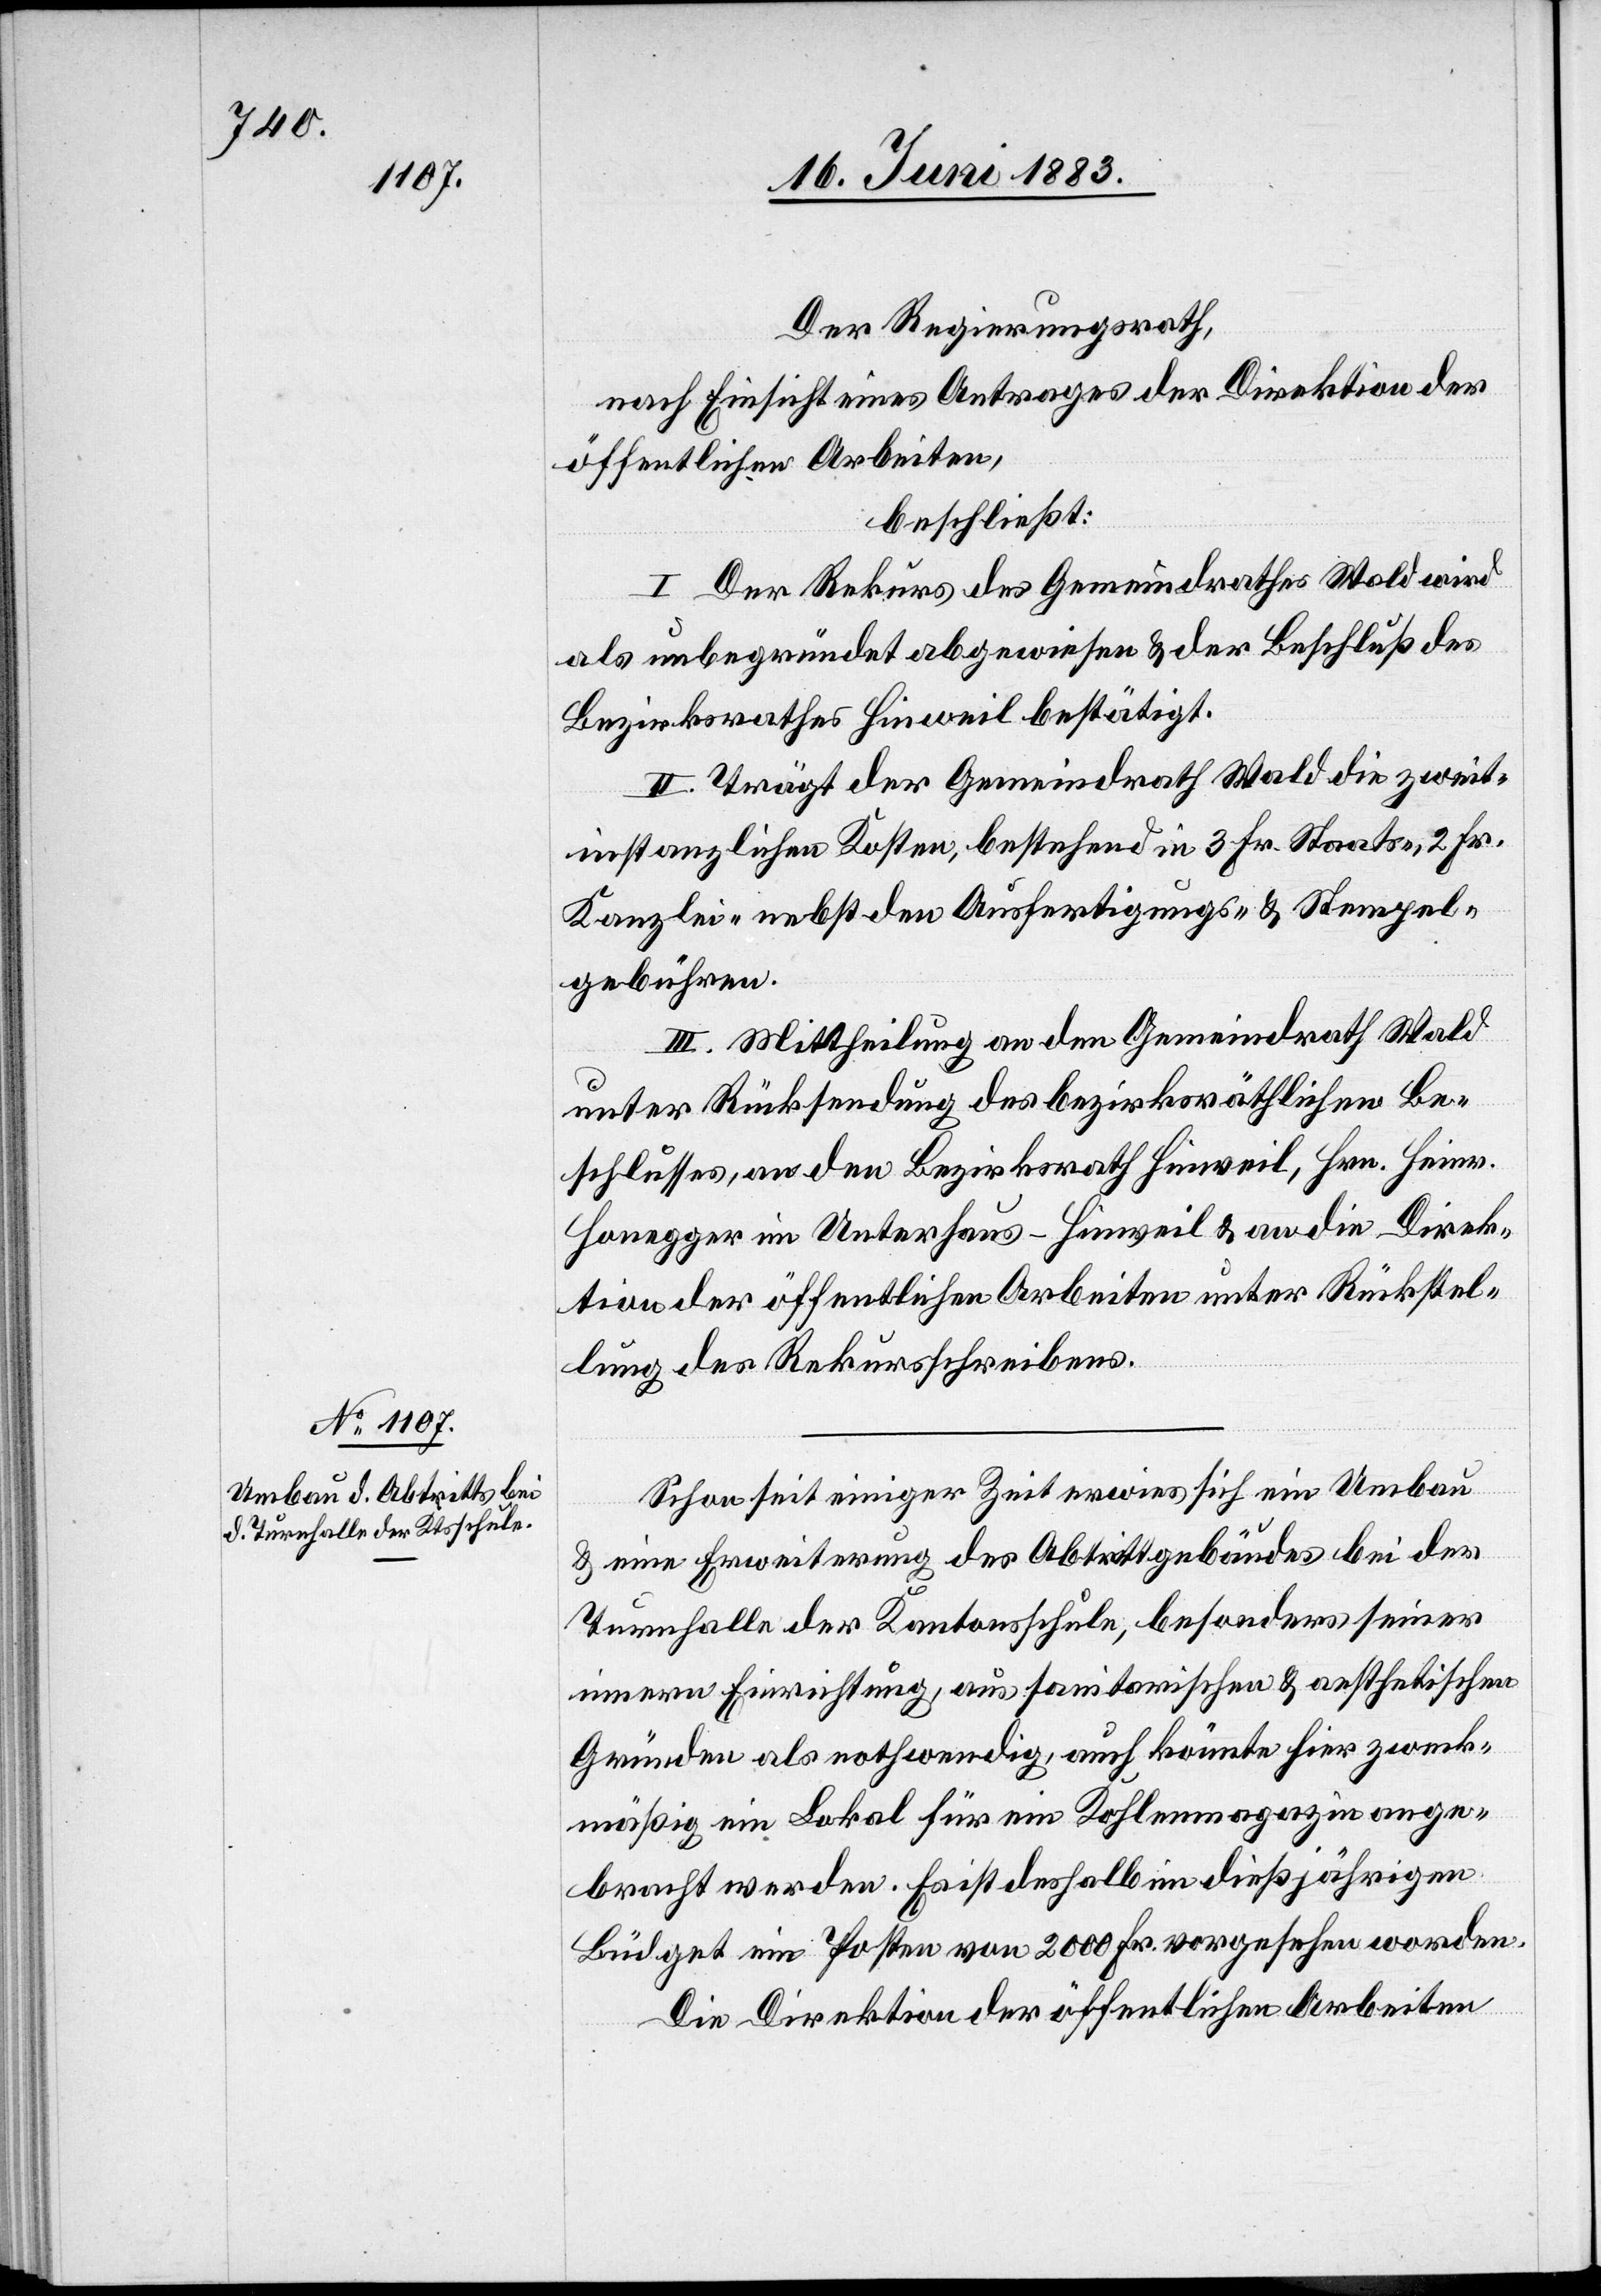
Der Regierungsrath,
nach Einsicht eines Antrages der Direktion der
öffentlichen Arbeiten,
beschließt:
I. Der Rekurs des Gemeindrathes Wald wird
als unbegründet abgewiesen & der Beschluß des
Bezirksrathes Hinweil bestätigt.
II. Trägt der Gemeindrath Wald die zweit¬
instanzlichen Kosten, bestehend in 3 Fr. Staats-, 2 Fr.
Kanzlei- nebst den Ausfertigungs- und Stempel¬
gebühren.
III. Mittheilung an den Gemeindrath Wald
unter Rücksendung des bezirksräthlichen Be¬
schlusses, an den Bezirksrath Hinweil, Hrn. Heinr.
Honegger im Unterhaus - Hinweil & an die Direk¬
tion der öffentlichen Arbeiten unter Rückstel¬
lung des Rekursschreibens.
Schon seit einiger Zeit erwies sich ein Umbau
& eine Erweiterung des Abtrittgebäudes bei der
Turnhalle der Kantonsschule, besonders seiner
innern Einrichtung, aus sanitarischen & aesthetischen
Gründen als nothwendig, auch könnte hier zweck¬
mäßig ein Lokal für ein Kohlemagazin ange¬
bracht werden. Es ist deshalb im dießjährigen
Büdget ein Posten von 2000 Fr. vorgesehen worden.
Die Direktion der öffentlichen Arbeiten